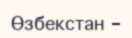
Өзбекстан -